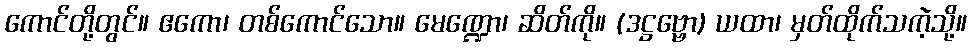
ကောင်တို့တွင်။ ဧကော၊ တစ်ကောင်သော။ မေဏ္ဍော၊ ဆိတ်ကို။ (ဒဋ္ဌဗ္ဗော) ယထာ၊ မှတ်ထိုက်သကဲ့သို့။